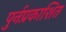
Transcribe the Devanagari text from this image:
पुर्नप्रकाशित